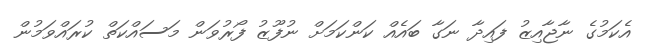
އެކަމުގެ ނާޖާއިޒު ފައިދާ ނަގާ ބައެއް ކަންކަމަށް ނުފޫޒު ފޯރުވަން މަސައްކަތް ކުރައްވަމުން